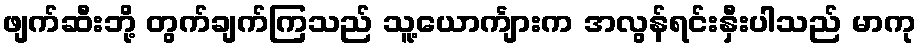
ဖျက်ဆီးဘို့ တွက်ချက်ကြသည် သူ့ယောင်္ကျားက အလွန်ရင်းနှီးပါသည် မာကု